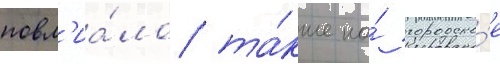
повл'иа́ло та́кже на́ городско́е